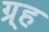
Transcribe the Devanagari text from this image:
ग्र्ह